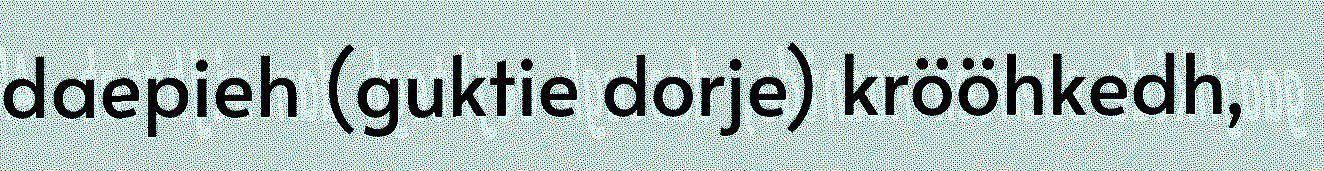
daepieh (guktie dorje) krööhkedh,